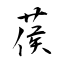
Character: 葔